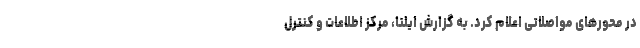
در محورهای مواصلاتی اعلام کرد. به گزارش ایلنا، مرکز اطلاعات و کنترل